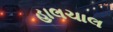
હાલચાલ